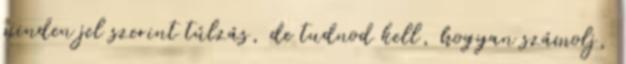
minden jel szerint túlzás, de tudnod kell, hogyan számolj,